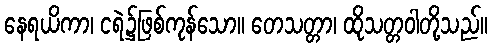
နေရယိကာ၊ ငရဲ၌ဖြစ်ကုန်သော။ တေသတ္တာ၊ ထိုသတ္တဝါတို့သည်။